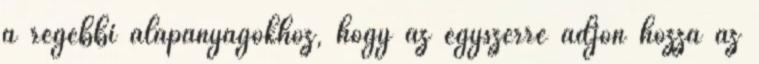
a régebbi alapanyagokhoz, hogy az egyszerre adjon hozzá az